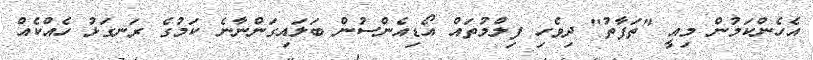
އެހެންކަމުން މިއީ "ތަފާތު" ދިވެހި ފިލްމުތައް އޯޑިއެންސުން ބަލައިގަންނާނެ ކަމުގެ ރަނގަޅު ހެއްކެއް